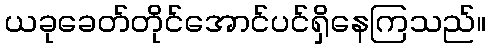
ယခုခေတ်တိုင်အောင်ပင်ရှိနေကြသည်။